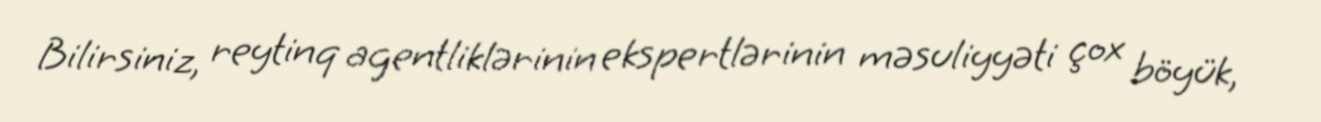
Bilirsiniz, reytinq agentliklərinin ekspertlərinin məsuliyyəti çox böyük,